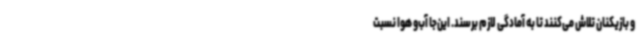
و بازیکنان تلاش می‌کنند تا به آمادگی لازم برسند. این‌جا آب‌و هوا نسبت